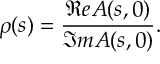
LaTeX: \rho ( s ) = { \frac { \Re e A ( s , 0 ) } { \Im m A ( s , 0 ) } } .